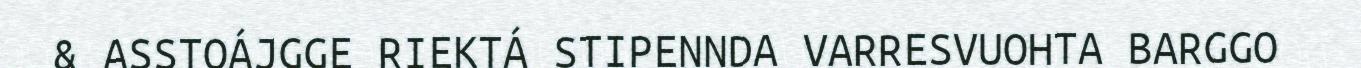
& ASSTOÁJGGE RIEKTÁ STIPENNDA VARRESVUOHTA BARGGO